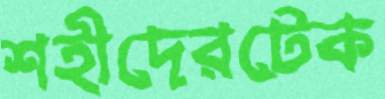
শহীদেরটেক